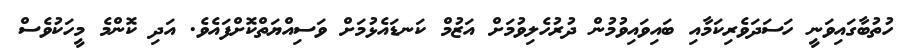
ހުތުބާގައިވަނީ ހަސަދަވެރިކަމާއި ބައިވައިވުމުން ދުރުހެލިވުމަށް އަޒުމް ކަނޑައެޅުމަށް ވަސިއްޔަތްކޮށްފައެވެ. އަދި ކޮންމެ މީހަކުވެސް